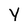
Character: Y